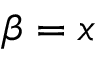
\beta = x